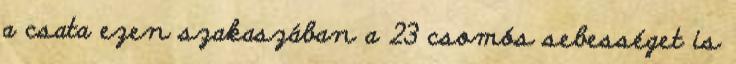
a csata ezen szakaszában a 23 csomós sebességet is